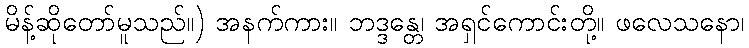
မိန့်ဆိုတော်မူသည်။) အနက်ကား။ ဘဒ္ဒန္တေ၊ အရှင်ကောင်းတို့။ ဖလေသနော၊